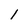
Character: 1